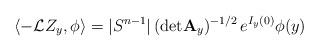
LaTeX: \begin{align*} \langle -{\mathcal L}Z_y,\phi\rangle = |S^{n-1}|\,({\rm det}{\bf A}_y)^{-1/2}\,e^{I_y(0)}\phi(y) \end{align*}